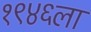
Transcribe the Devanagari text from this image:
१९४६ला